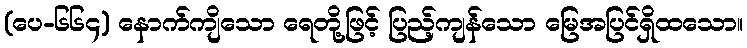
(ပေ-၆၆၄) နောက်ကျိသော ရေတို့ဖြင့် ပြည့်ကျန်သော မြေအပြင်ရှိထသော။